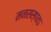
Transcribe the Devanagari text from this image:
मनसस्पतऽ